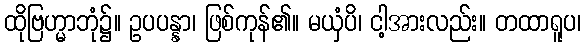
ထိုဗြဟ္မာဘုံ၌။ ဥပပန္နာ၊ ဖြစ်ကုန်၏။ မယှံပိ၊ ငါ့အားလည်း။ တထာရူပ၊